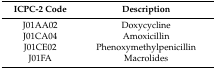
| ICPC-2 Code | Description |
 | --- | --- |
 | J01AA02 | Doxycycline |
 | J01CA04 | Amoxicillin |
 | J01CE02 | Phenoxymethylpenicillin |
 | J01FA | Macrolides |